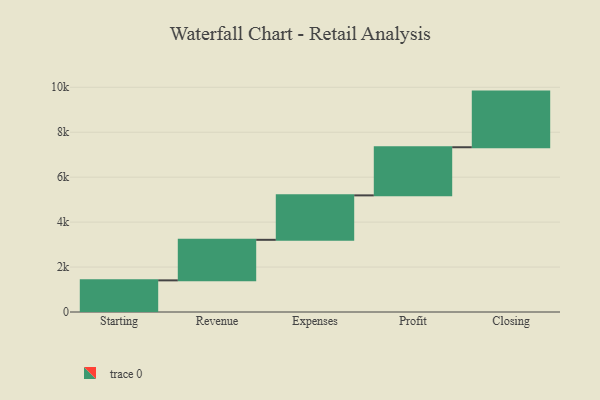
{"axis": {"x": "Step", "y": "Value"}, "legend": [""], "data": [{"x": "Starting", "y": 1408.0, "type": ""}, {"x": "Revenue", "y": 1804.0, "type": ""}, {"x": "Expenses", "y": 1978.0, "type": ""}, {"x": "Profit", "y": 2142.0, "type": ""}, {"x": "Closing", "y": 2476.0, "type": ""}]}